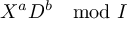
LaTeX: X ^ { a } D ^ { b } \mod { I }